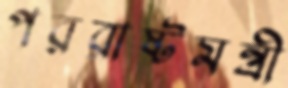
পররাষ্টমন্ত্রী